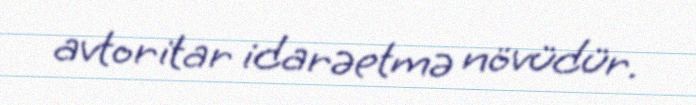
avtoritar idarəetmə növüdür.